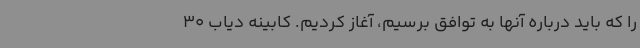
را که باید درباره آنها به توافق برسیم، آغاز کردیم. کابینه دیاب 30